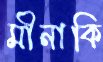
মীনাকি